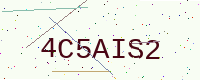
Text: 4C5AIS2